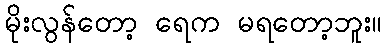
မိုးလွန်တော့ ရေက မရတော့ဘူး။